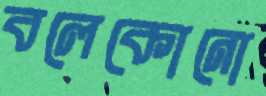
বলেকোনো